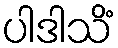
ပါဒါသိံ